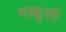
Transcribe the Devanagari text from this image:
चाक्षुसी